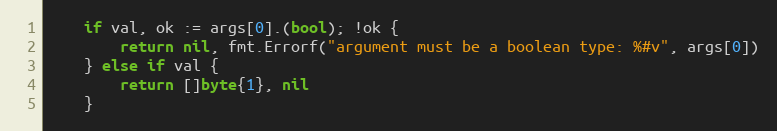
Language: Go
	if val, ok := args[0].(bool); !ok {
		return nil, fmt.Errorf("argument must be a boolean type: %#v", args[0])
	} else if val {
		return []byte{1}, nil
	}